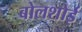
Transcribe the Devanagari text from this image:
बोलशोई